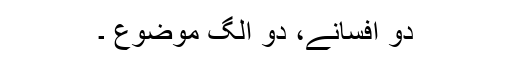
دو افسانے، دو الگ موضوع ۔